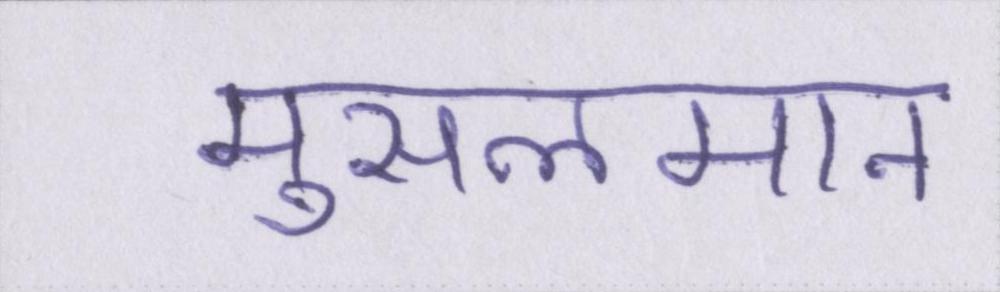
मुसलमान